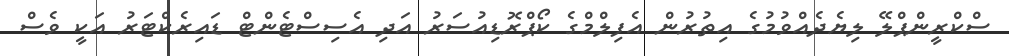
ސްކްރީންޕްލޭ ލިޔެދެއްވުމުގެ އިތުރުން އެފިލްމްގެ ކޯޕްރޮޑިއުސަރު އަދި އެސިސްޓެންޓް ޑައިރެކްޓަރު އަކީ ވެސް